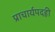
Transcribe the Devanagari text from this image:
प्राचार्यपदही